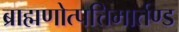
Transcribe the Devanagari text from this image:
ब्राह्मणोत्पत्तिमार्तण्ड